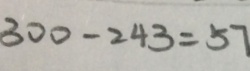
3 0 0 - 2 4 3 = 5 7